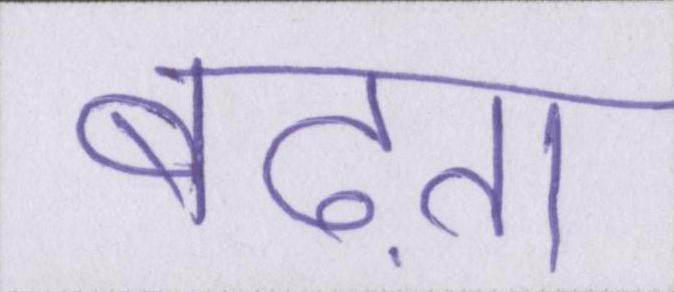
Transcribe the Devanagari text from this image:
बढ़ता